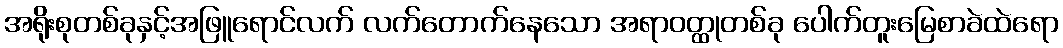
အရိုးစုတစ်ခုနှင့်အဖြူရောင်လက် လက်တောက်နေသော အရာဝတ္ထုတစ်ခု ပေါက်တူးမြေစာခဲထဲရော